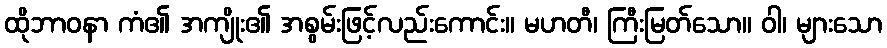
ထိုဘာဝနာ ကံ၏ အကျိုး၏ အစွမ်းဖြင့်လည်းကောင်း။ မဟတီ၊ ကြီးမြတ်သော။ ဝါ၊ များသော